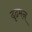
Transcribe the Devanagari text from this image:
दृढमन